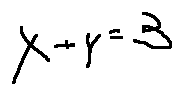
x + y = 3